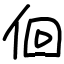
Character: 佪